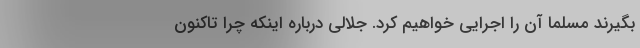
بگیرند مسلما آن را اجرایی خواهیم کرد. جلالی درباره اینکه چرا تاکنون